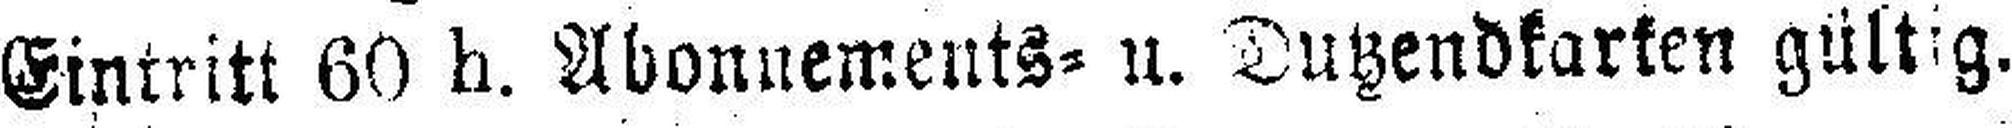
Eintritt 60 h. Abonnements= u. Dutzendkarken gültig.